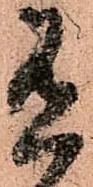
有